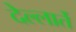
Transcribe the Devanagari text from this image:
देल्लार्ते